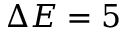
\Delta E = 5